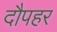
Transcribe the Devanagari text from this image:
दौपहर